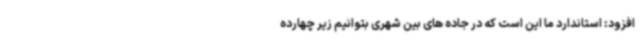
افزود: استاندارد ما این است که در جاده های بین شهری بتوانیم زیر چهارده